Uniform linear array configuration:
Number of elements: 12
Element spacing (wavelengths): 0.5
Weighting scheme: hamming
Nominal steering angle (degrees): -15
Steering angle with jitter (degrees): -14.278
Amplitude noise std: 0.05
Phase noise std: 0.05

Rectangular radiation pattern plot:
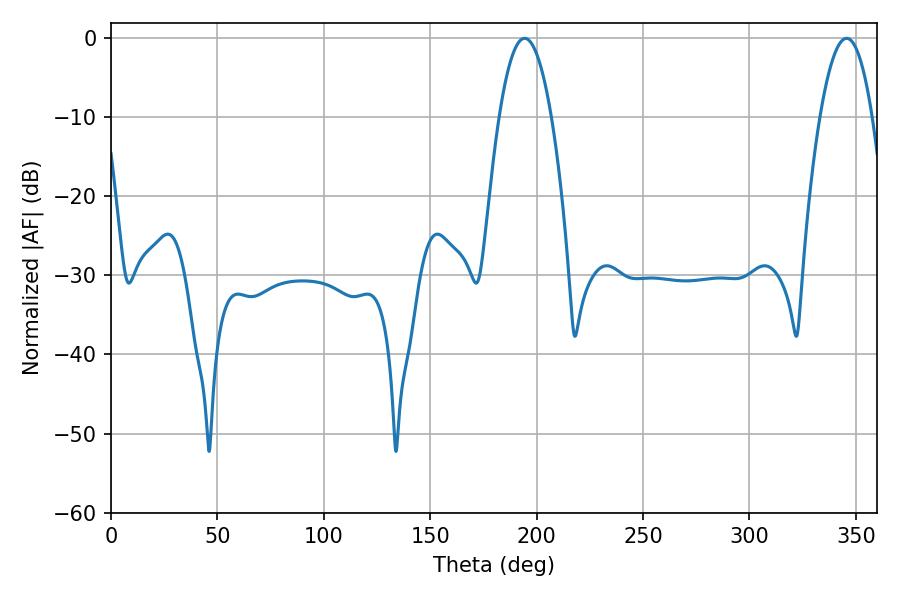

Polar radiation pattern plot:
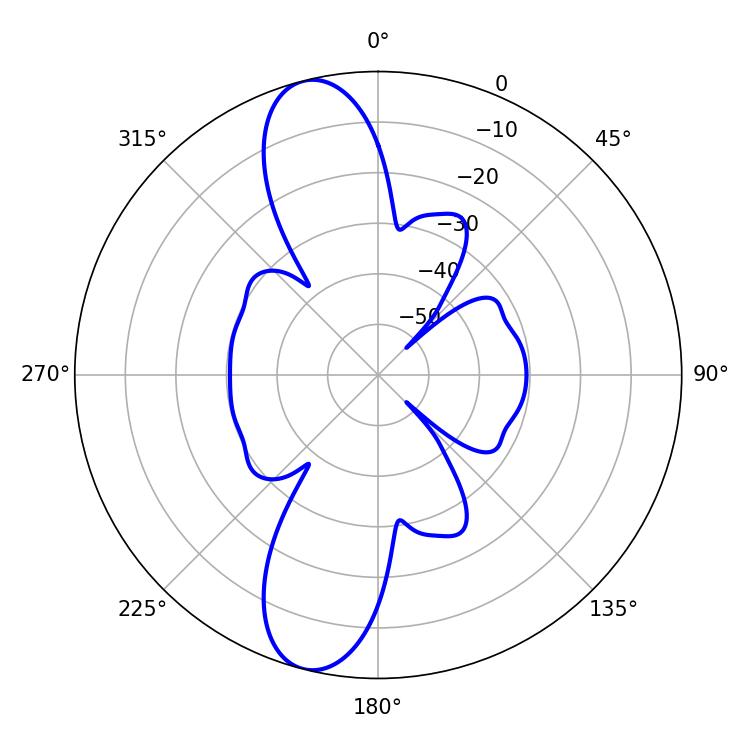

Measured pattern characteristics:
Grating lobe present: FALSE
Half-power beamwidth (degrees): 13.5
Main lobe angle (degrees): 345.6